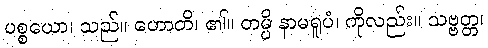
ပစ္စယော၊ သည်။ ဟောတိ၊ ၏။ တမ္ပိ နာမရူပံ၊ ကိုလည်း။ သဗ္ဗတ္တ၊